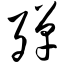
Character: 殚